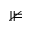
\nVDash